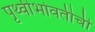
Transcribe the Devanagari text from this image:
पृथ्वीभोवतीची